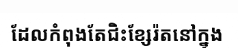
ដែលកំពុងតែជិះខ្សែរ៉តនៅក្នុង